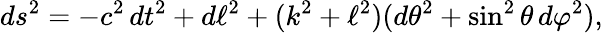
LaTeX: ds^{2}=-c^{2}\, dt^{2}+d\ell^{2}+(k^{2}+\ell^{2})(d\theta^{2}+\sin^{2}\theta\, d\varphi^{2}),